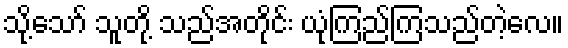
သို့သော် သူတို့ သည်အတိုင်း ယုံကြည်ကြသည်တဲ့လေ။